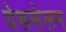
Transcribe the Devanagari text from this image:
येरूसेलम